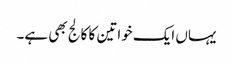
یہاں ایک خواتین کا کالج بھی ہے۔